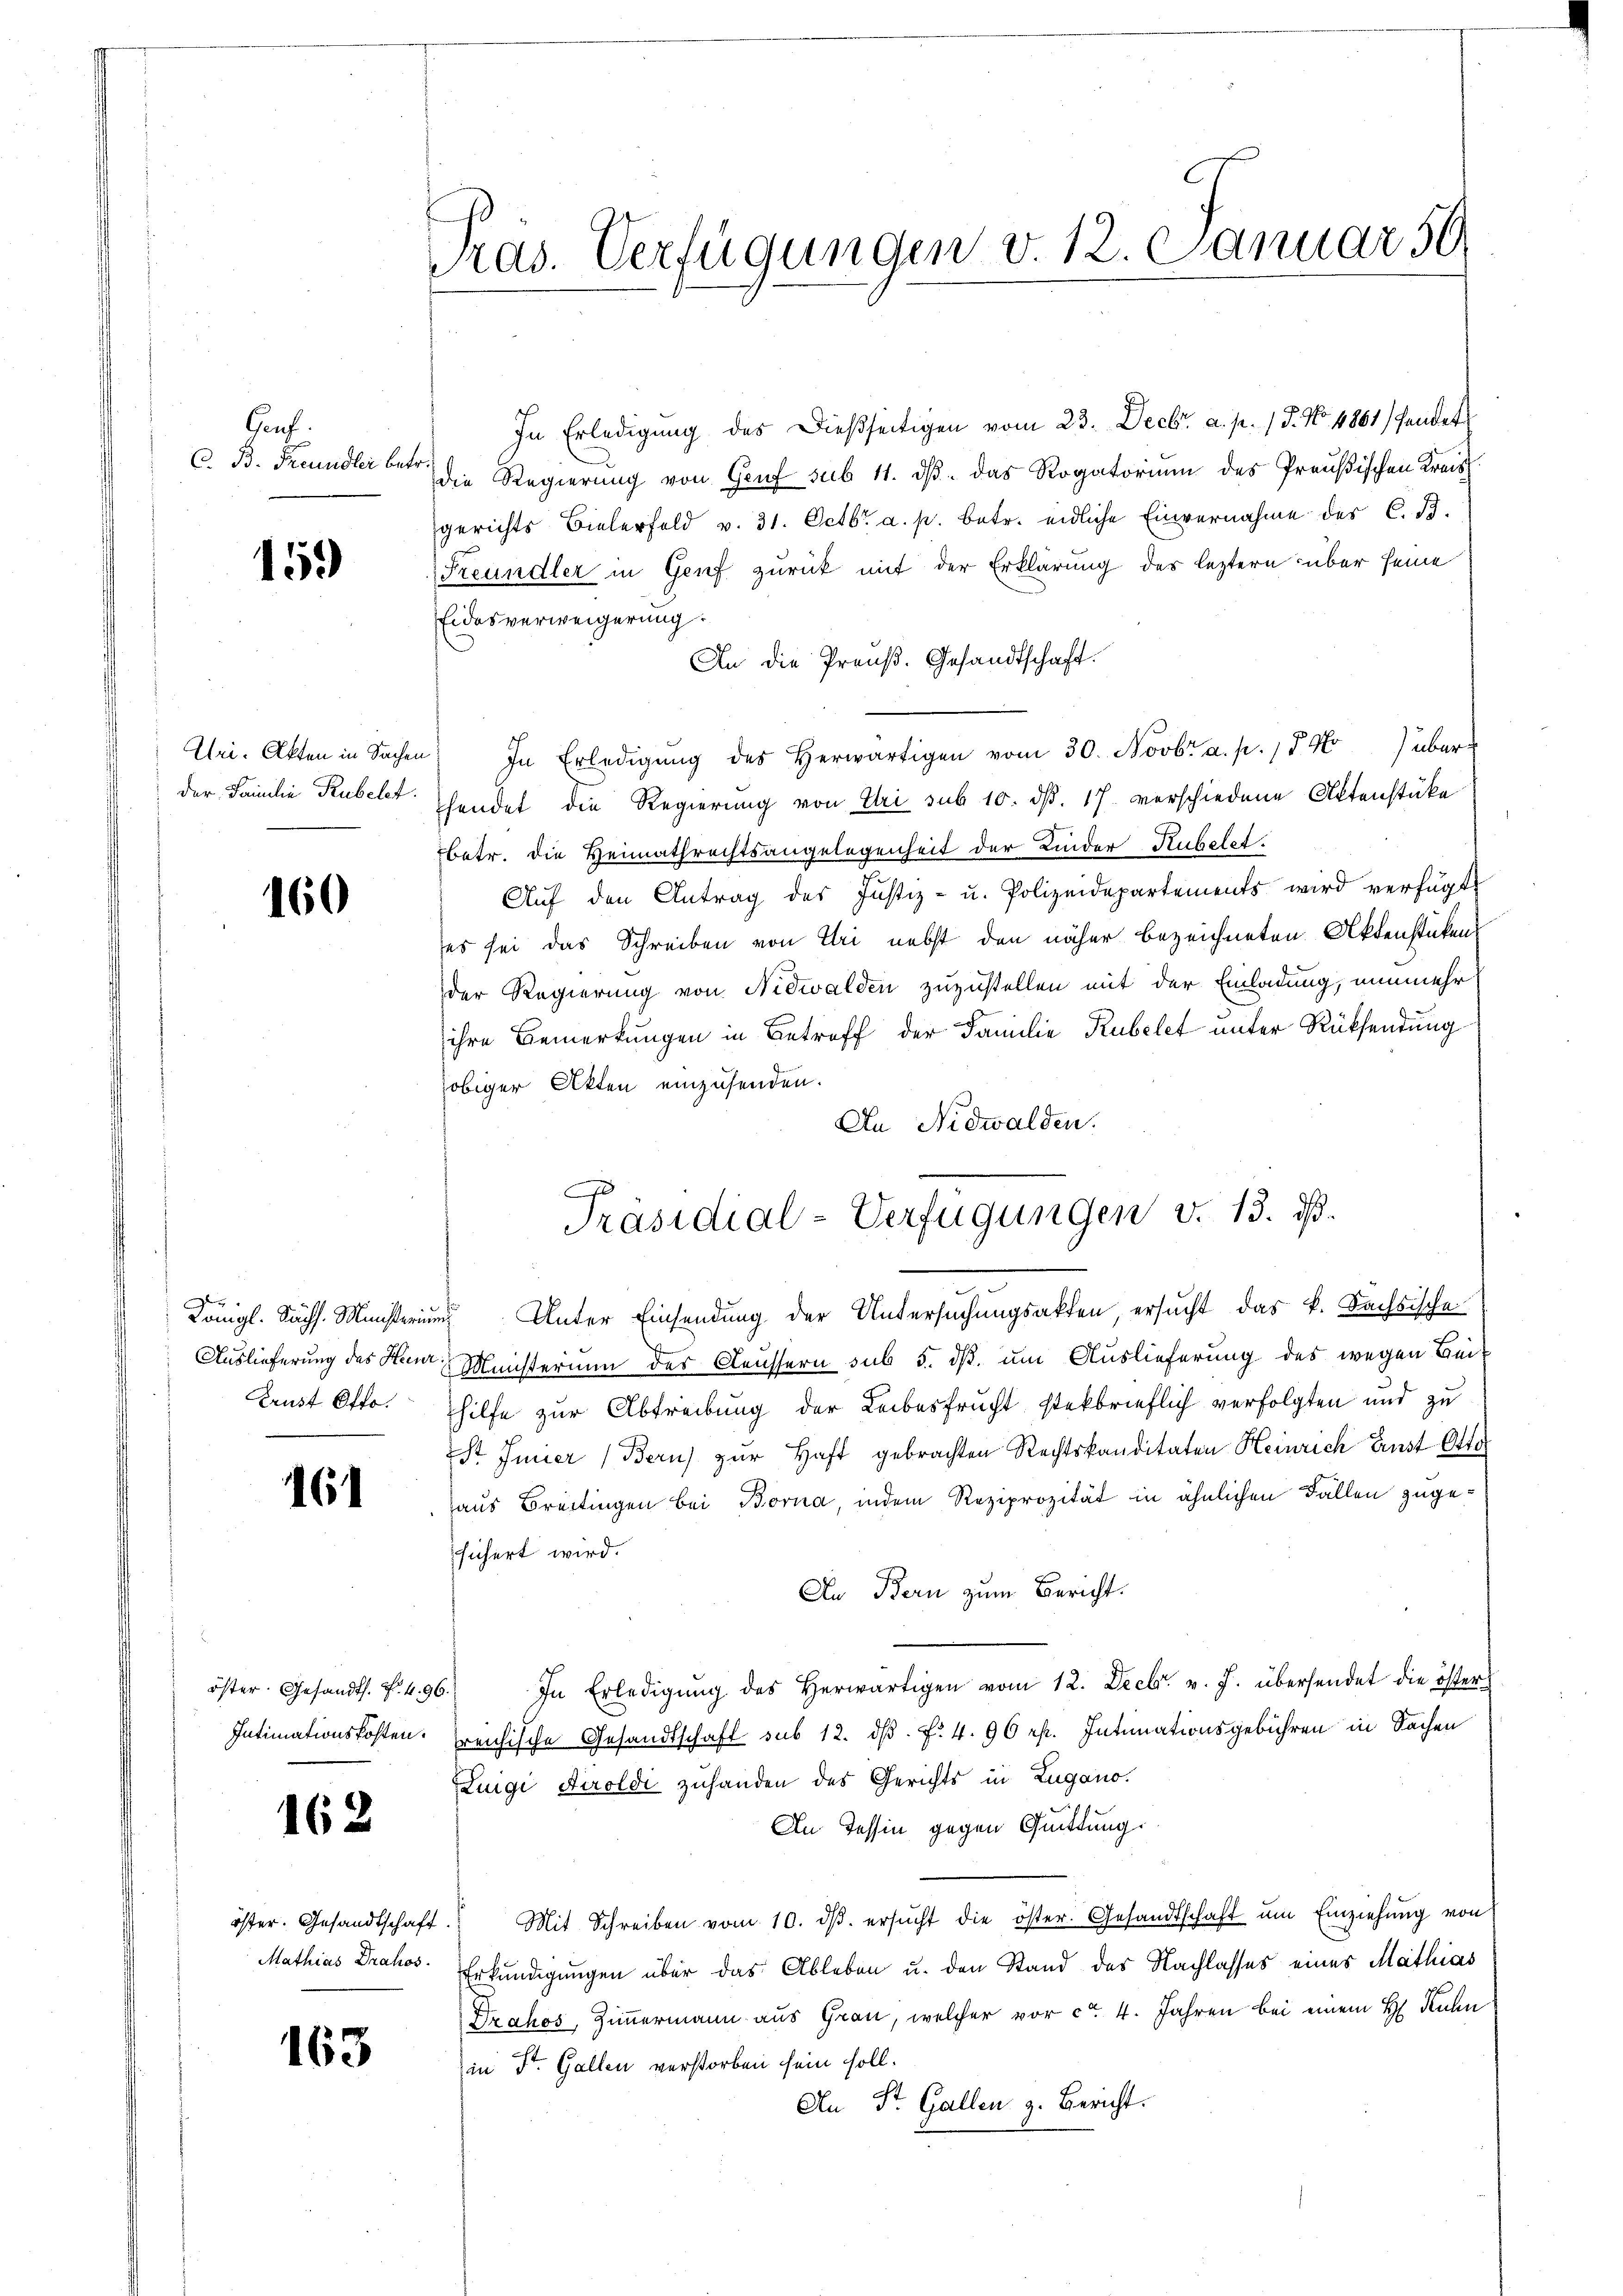
Gauf.
C. B. Freundler betr.

159

Uri. Akten in Sachen
der Familie Rubelt.

160

n
Arust Otto.

16

öster. Gesandts. f. 4. 96.

162

163

Pras. Verfügungen v. 12. Januar 50

In Erledigung des Dießseitigen vom 23. Decbr. a. p. 15. No. 4861/ fandet
die Regierung von Genf sub 11. dβ das Rogatorium des Preußischen Kreis
gerichts Bielerfeld v. 31. Octbr. a. p. betr. eidliche Einvernahme des C. B.
Freundler in Genf zurück mit der Erklärung des leztern über seine
Eidesverweigerung.
An die Preuß. Gesandtschaft.
) In Erledigŭng des herwärtigen vom 30. Novbr. a. p. 154) über
hendet die Regierung von Uri sub 10. dβ. 17. verschiedene Aktenstüke
betr. die Heimathrechtsangelegenheit der Kinder-Kubelet.
Aŭf den Antrag des Justiz- u. Polizeidepartements wird verfügt,
es sei das Schreiben von Uri nebst den näher bezeichneten Aktenstücken
der Regierung von Nidwalden zuzustellen mit der Einladung, nunmehr
ihre Bemerkungen in Betreff der Familie Rubelet unter Rücksendung
obiger Akten einzusenden.
An Nidwalden.
Königl. Sächs. Münsterium Unter Einsendung der Untersuchungsakten, ersucht das k. Sachsische
Auslieferung des Herr Ministerium des Aeussern sub 5. dß. um Auslieferung des wegen Beihilfe zur Abtreibung der Leibesfrucht steckbrieflich verfolgten und zu
St Feier (Bern) zur Haft gebrachten Rechtskanditaten Heinrich Einst Otto
aus Breitingen bei Borna, indem Reziprozität in ähnlichen Fallen zugesichert wird.
An Bern zum Bericht.
In Erledigŭng des herwärtigen vom 12. Decbr. v. J. übersendet die öster
Intimationskosten: reichische Gesandtschaft sub 12. ds. f. 4. 96 rf. Intimationsgebühren in Sachen
Luigi Airoldi zuhanden des Gerichts in Lugano.
In Tessin gegen Quittung.
öster. Gesandtschaft. Mit Schreiben vom 10. dβ. ersŭcht die öster. Gesandtschaft ŭm Einziehŭng von
Mathias Grahos. Erkundigungen über das Ableben u. den Stand des Nachlasses eines Mathias
Drahos, Zimmermann aus Grau, welcher vor ca. 4. Jahren bei einem H. Kuhn
in St. Gallen verstorben sein soll.
An St. Gallen z. Bericht.

.
Präsidial-Verfügungen v. 13. ds.